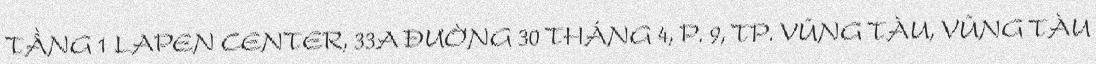
TẦNG 1 LAPEN CENTER, 33A ĐƯỜNG 30 THÁNG 4, P. 9, TP. VŨNG TÀU, VŨNG TÀU